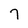
Character: 7